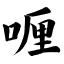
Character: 喱